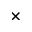
\times